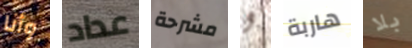
وأنا عداد مشرحة و هاربة بلا